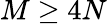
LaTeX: M\geq 4N